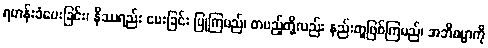
ရဟန်းခံပေးခြင်း၊ နိဿရည်း ပေးခြင်း ပြုကြမည်၊ တပည့်တို့လည်း နည်းတူဖြစ်ကြမည်၊ အဘိဓမ္မာကို